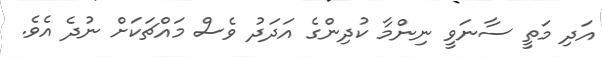
އަދި މަތީ ސާނަވީ ނިންމާ ކުދިންގެ އަދަދު ވެސް މައްޗަކަށް ނުދެ އެވެ.